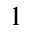
^ { 1 }